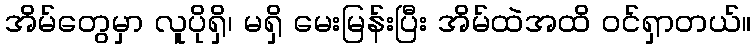
အိမ်တွေမှာ လူပိုရှိ၊ မရှိ မေးမြန်းပြီး အိမ်ထဲအထိ ဝင်ရှာတယ်။